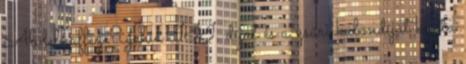
Abdelhaffez Yehia III. díjat és a zsűri különdíját kapta